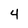
Character: 4